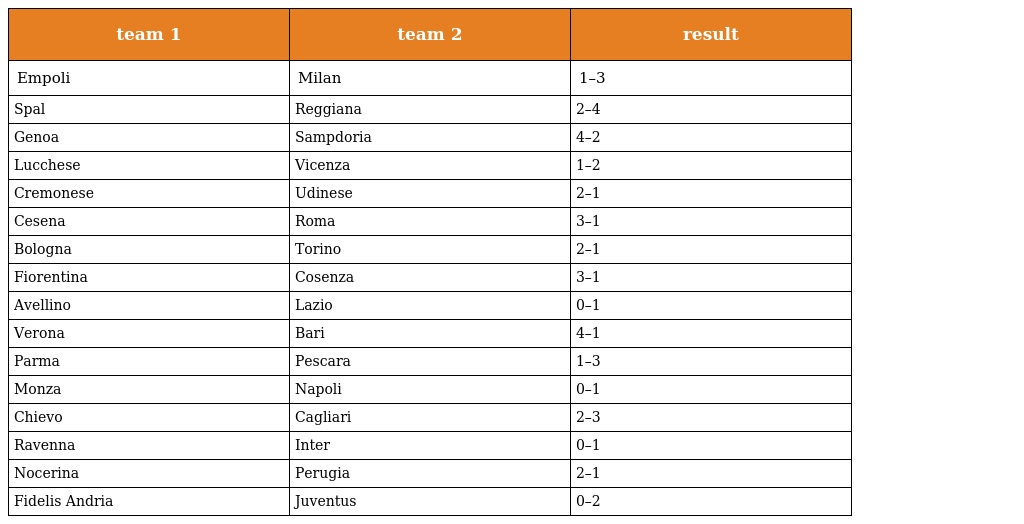
| team 1 | team 2 | result |
 | --- | --- | --- |
 | Empoli | Milan | 1–3 |
 | Spal | Reggiana | 2–4 |
 | Genoa | Sampdoria | 4–2 |
 | Lucchese | Vicenza | 1–2 |
 | Cremonese | Udinese | 2–1 |
 | Cesena | Roma | 3–1 |
 | Bologna | Torino | 2–1 |
 | Fiorentina | Cosenza | 3–1 |
 | Avellino | Lazio | 0–1 |
 | Verona | Bari | 4–1 |
 | Parma | Pescara | 1–3 |
 | Monza | Napoli | 0–1 |
 | Chievo | Cagliari | 2–3 |
 | Ravenna | Inter | 0–1 |
 | Nocerina | Perugia | 2–1 |
 | Fidelis Andria | Juventus | 0–2 |